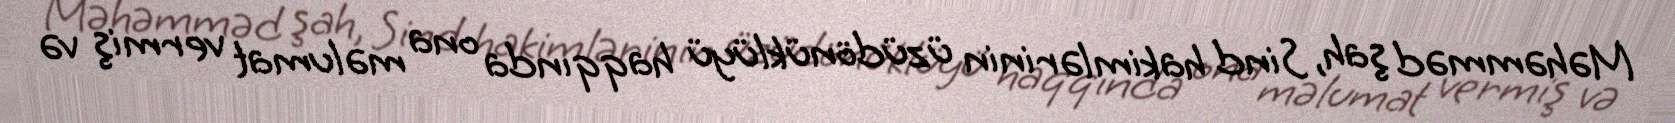
Məhəmməd şah, Sind hakimlərinin üzüdönüklüyü haqqında ona məlumat vermiş və